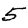
Digit: 5